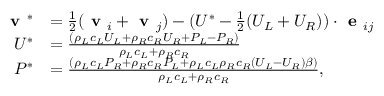
\begin{array} { r l } { \textbf { v } ^ { * } } & { = \frac { 1 } { 2 } ( \textbf { v } _ { i } + \textbf { v } _ { j } ) - ( U ^ { * } - \frac { 1 } { 2 } ( U _ { L } + U _ { R } ) ) \cdot \textbf { e } _ { i j } } \\ { U ^ { * } } & { = \frac { ( \rho _ { L } c _ { L } U _ { L } + \rho _ { R } c _ { R } U _ { R } + P _ { L } - P _ { R } ) } { \rho _ { L } c _ { L } + \rho _ { R } c _ { R } } } \\ { P ^ { * } } & { = \frac { \left( \rho _ { L } c _ { L } P _ { R } + \rho _ { R } c _ { R } P _ { L } + \rho _ { L } c _ { L } \rho _ { R } c _ { R } \left( U _ { L } - U _ { R } \right) \beta \right) } { \rho _ { L } c _ { L } + \rho _ { R } c _ { R } } , } \end{array}